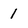
Character: 1